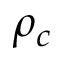
\rho _ { c }